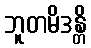
ဘူတမိဒန္တိ